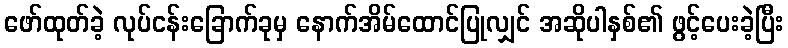
ဖော်ထုတ်ခဲ့ လုပ်ငန်းခြောက်ခုမှ နောက်အိမ်ထောင်ပြုလျှင် အဆိုပါနှစ်၏ ဖွင့်ပေးခဲ့ပြီး